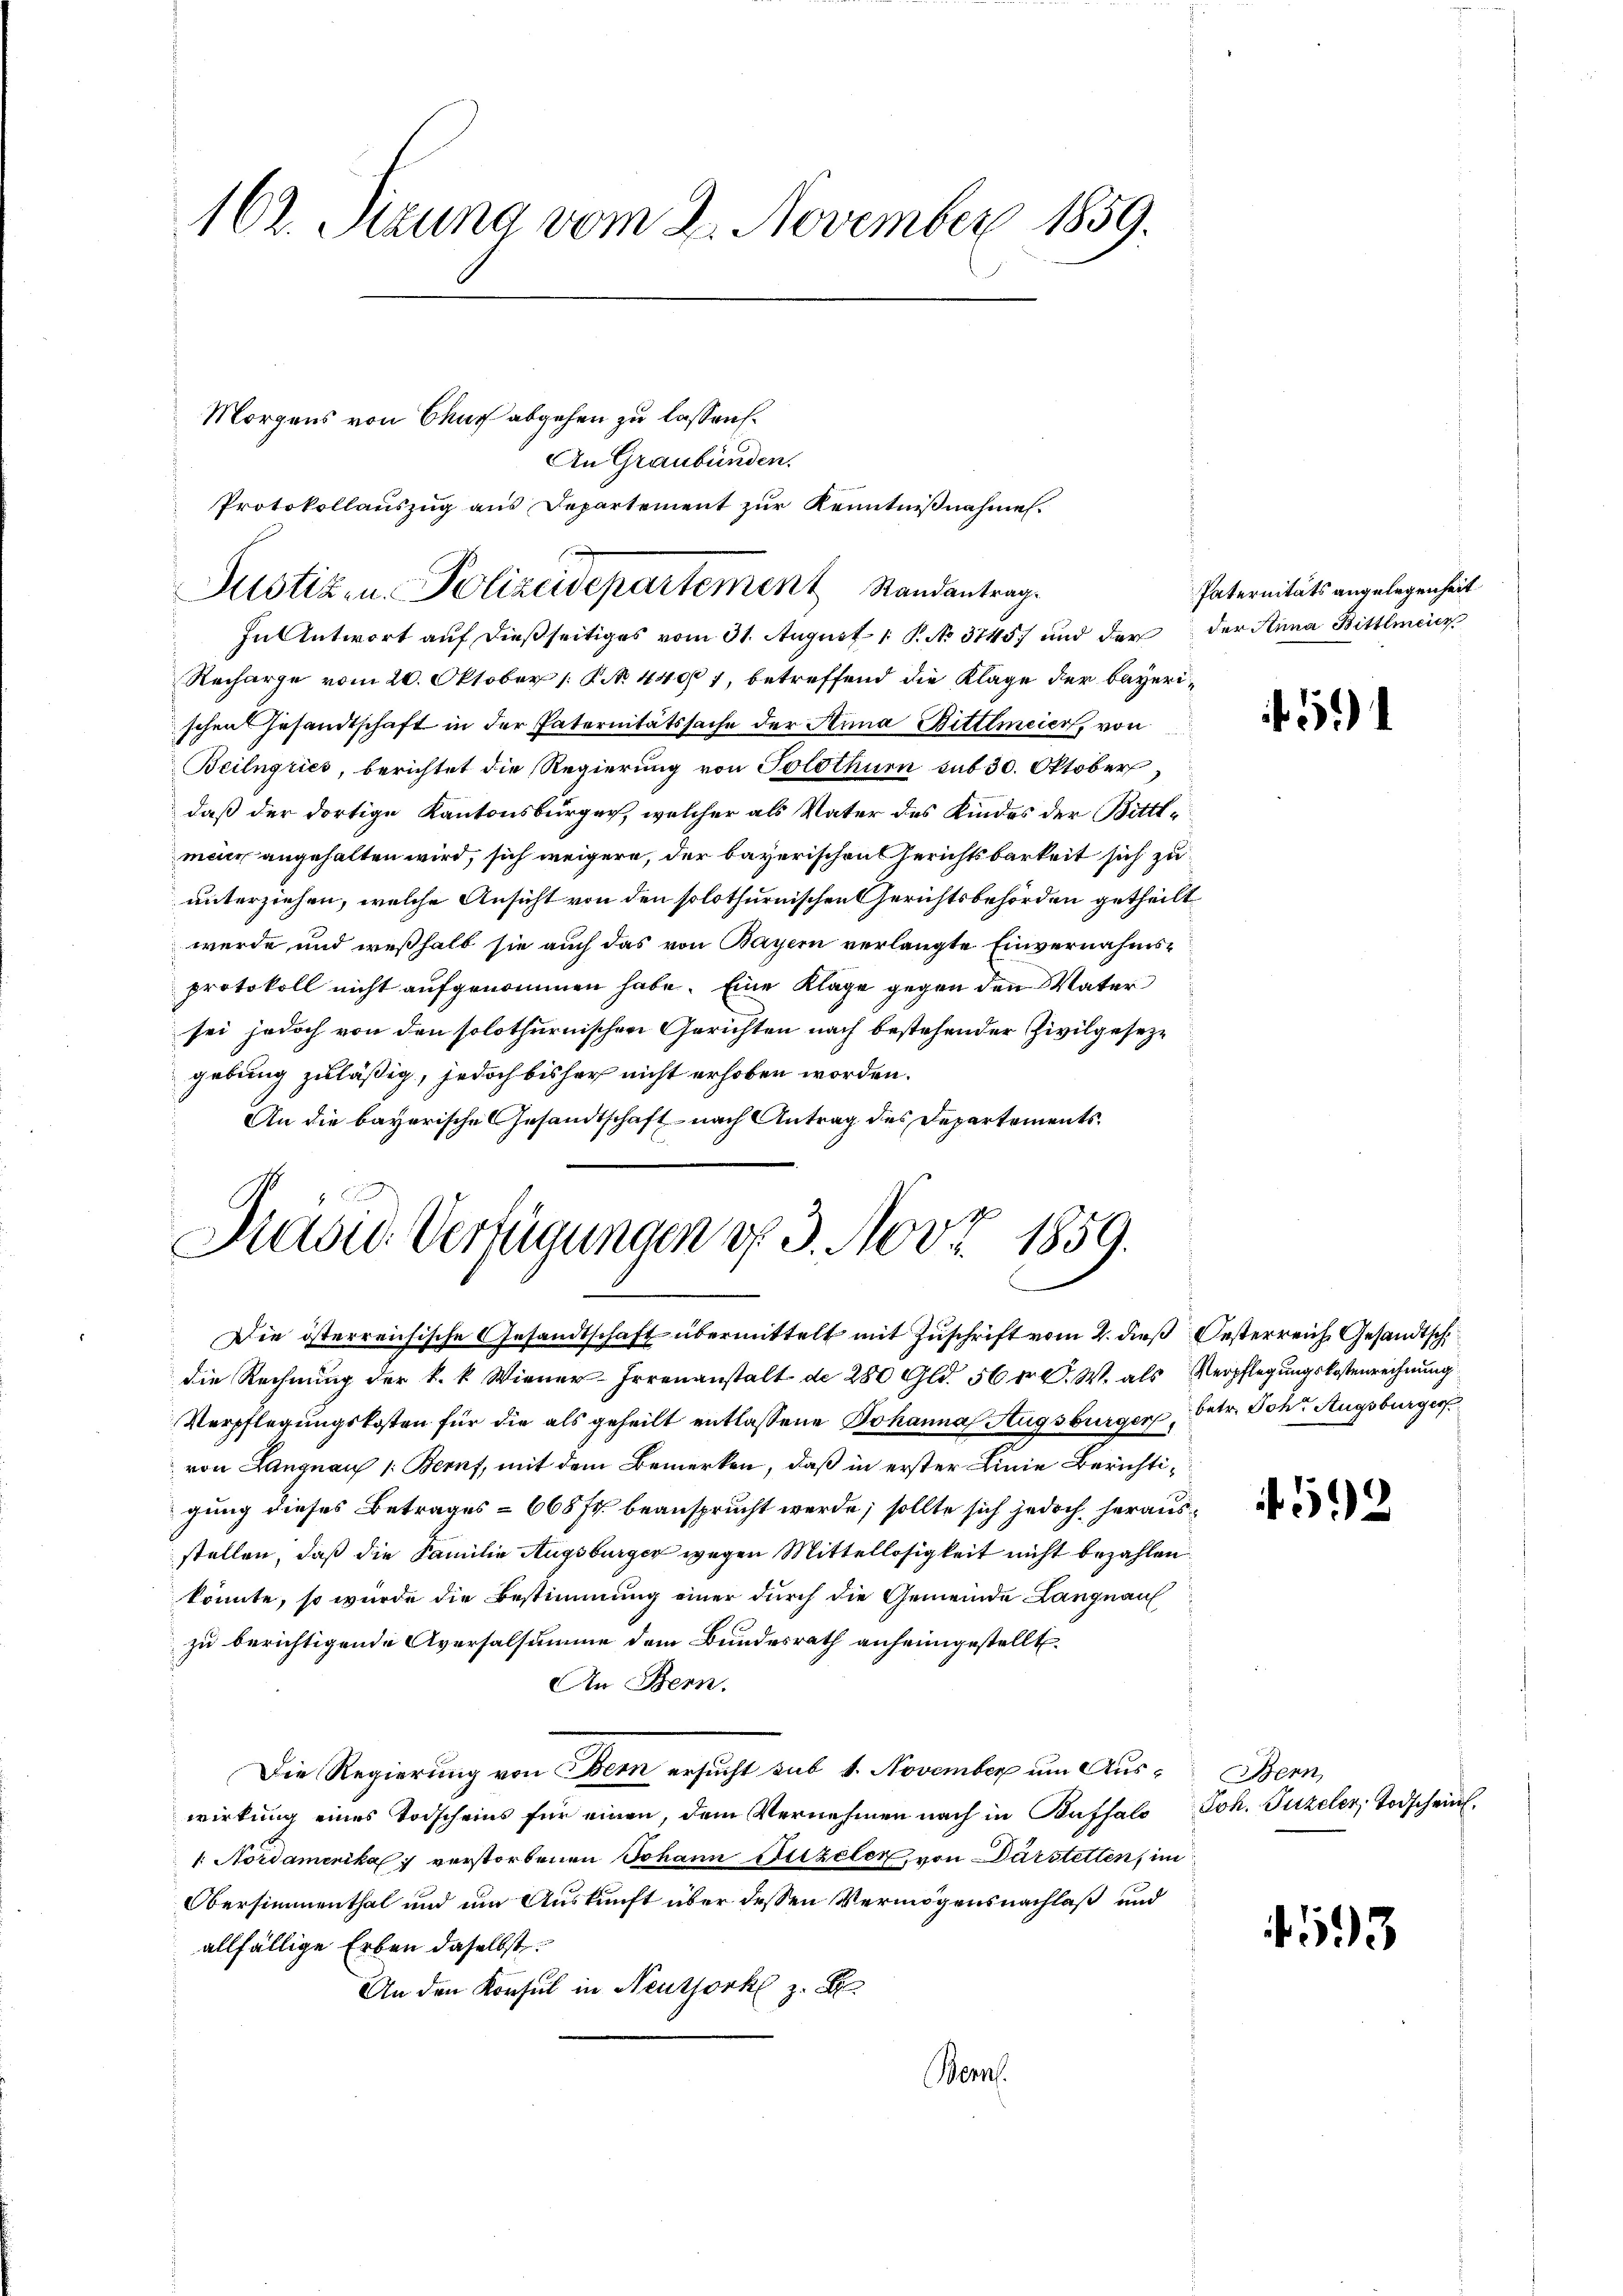
162. Pezuna vom 2. November 1859.

Protokollauszug aus Departement zur Kenntnißnahme.

Morgens von Chur abgehen zu lassen.
An Graubünden.

Justiz in Polizeidepartement Randantrag
In Antwort auf dießseitiges vom 31. August 1 P. No 3745) und der der Anna Bittelmeier

Recharge vom 20. Oktober [ P. No. 4407, betreffend die Klage der bayerischen Gesandtschaft in der Paternitätssache der Anna Bittlmeier, von
Beilngries, berichtet die Regierung von Solothurn sub 30. Oktober
daß der dortige Kantonsbürger, welcher als Vater des Kindes der Bitttmeier angehalten wird, sich weigere, der bayerischen Gerichtsbarkeit sich zu
unterziehen, welche Ansicht von den solothurnischen Gerichtsbehörden getheilt
wurde und weßhalb sie auch das von Bayern verlangte Einvernahmsprotokoll nicht aufgenommen habe. Eine Klage gegen den Vater
sei jedoch von den solothurnischer Gerichten nach bestehender Zivilgesezgebung zuläßig, jedoch bisher nicht erhoben worden.
An die bayerische Gesandtschaft nach Antrag des Departements¬
Die österreichische Gesandtschaft übermittelt mit Zuschrift vom 2. dieß Oesterreich Gesandtsch
die Rechnung der k. k. Wiener-Irrenanstalt d. 280 Gld. 56 f. C. W. als Verpflegungskostenrechnung
Verpflegungskosten für die als geheilt entlassene Johanna Augsburger, betr. Joh. Augsburger
von Langnau 1. Beruf, mit dem Bemerken, daß in erster Linie Berichtigung dieses Betrages - 668 ff. beansprucht werde; sollte sich jedoch, herausstellen, daß die Familie Augsburger wegen Mittellosigkeit nicht bezahlen.
könnte, so würde die Bestimmung einer durch die Gemeinde Langnau
zu berichtigende Aversalsumme dem Bundesrath anheimgestellt.
An Bern.
Die Regierung von Bern ersucht sub 1. November um Aus- Bern,
wirkung eines Todscheins für einen, dem Vernehmen nach in Buffals Joh. Tuzeler, Todscheint.
1. Nordamerika verstorbenen Johann Szelen, von Dürstetten, im
Obersimmenthal und um Auskunft über dessen Vermögensnachlaß und
allfällige Erben daselbst.
An den Konsul in Neuthork z. B.
Bern.

Masie Verfügungen v. 3. Nov. 1859.

Paternitäts angelegenheit

.

592

593